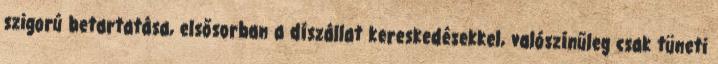
szigorú betartatása, elsősorban a díszállat kereskedésekkel, valószínűleg csak tüneti